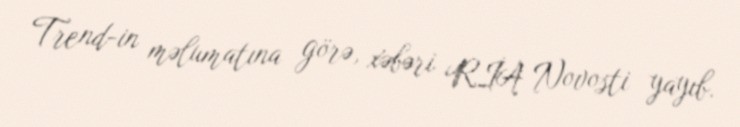
Trend-in məlumatına görə, xəbəri RİA Novosti yayıb.